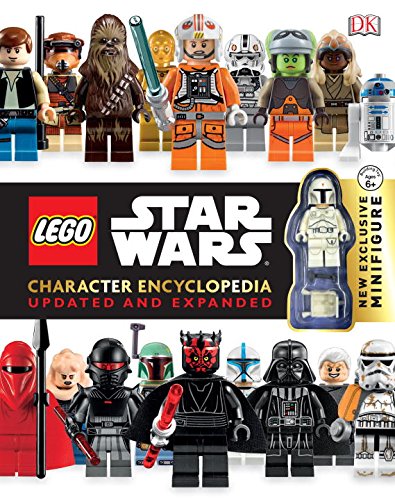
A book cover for LEGO Star Wars Character Encyclopedia: Updated and Expanded; DK Publishing; Reference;